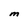
Character: M